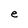
Character: e